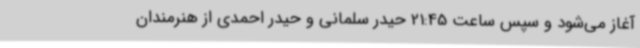
آغاز می‌شود و سپس ساعت 21:45 حیدر سلمانی و حیدر احمدی از هنرمندان